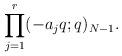
LaTeX: \begin{align*}\prod_{j=1}^{r}(-a_{j}q;q)_{N-1}.\end{align*}